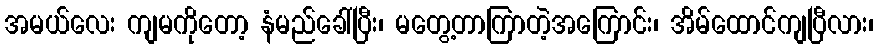
အမယ်လေး ကျမကိုတော့ နံမည်ခေါ်ပြီး၊ မတွေ့တာကြာတဲ့အကြောင်း၊ အိမ်ထောင်ကျပြီလား၊